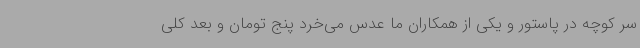
سر کوچه در پاستور و یکی از همکاران ما عدس می‌خرد پنج تومان و بعد کلی